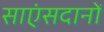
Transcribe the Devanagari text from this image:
साएंसदानों